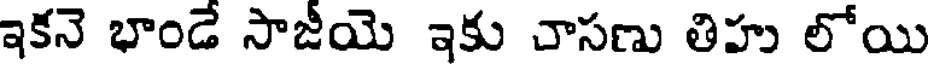
ఇకనె భాండే సాజీయె ఇకు చాసణు తిహు లోయి